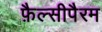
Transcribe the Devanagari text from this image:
फ़ैल्सीपैरम